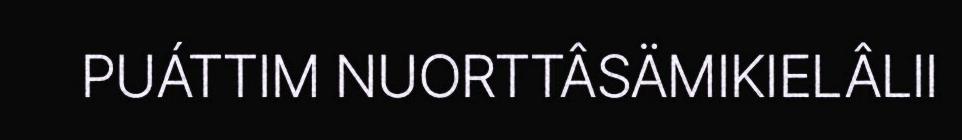
PUÁTTIM NUORTTÂSÄMIKIELÂLII